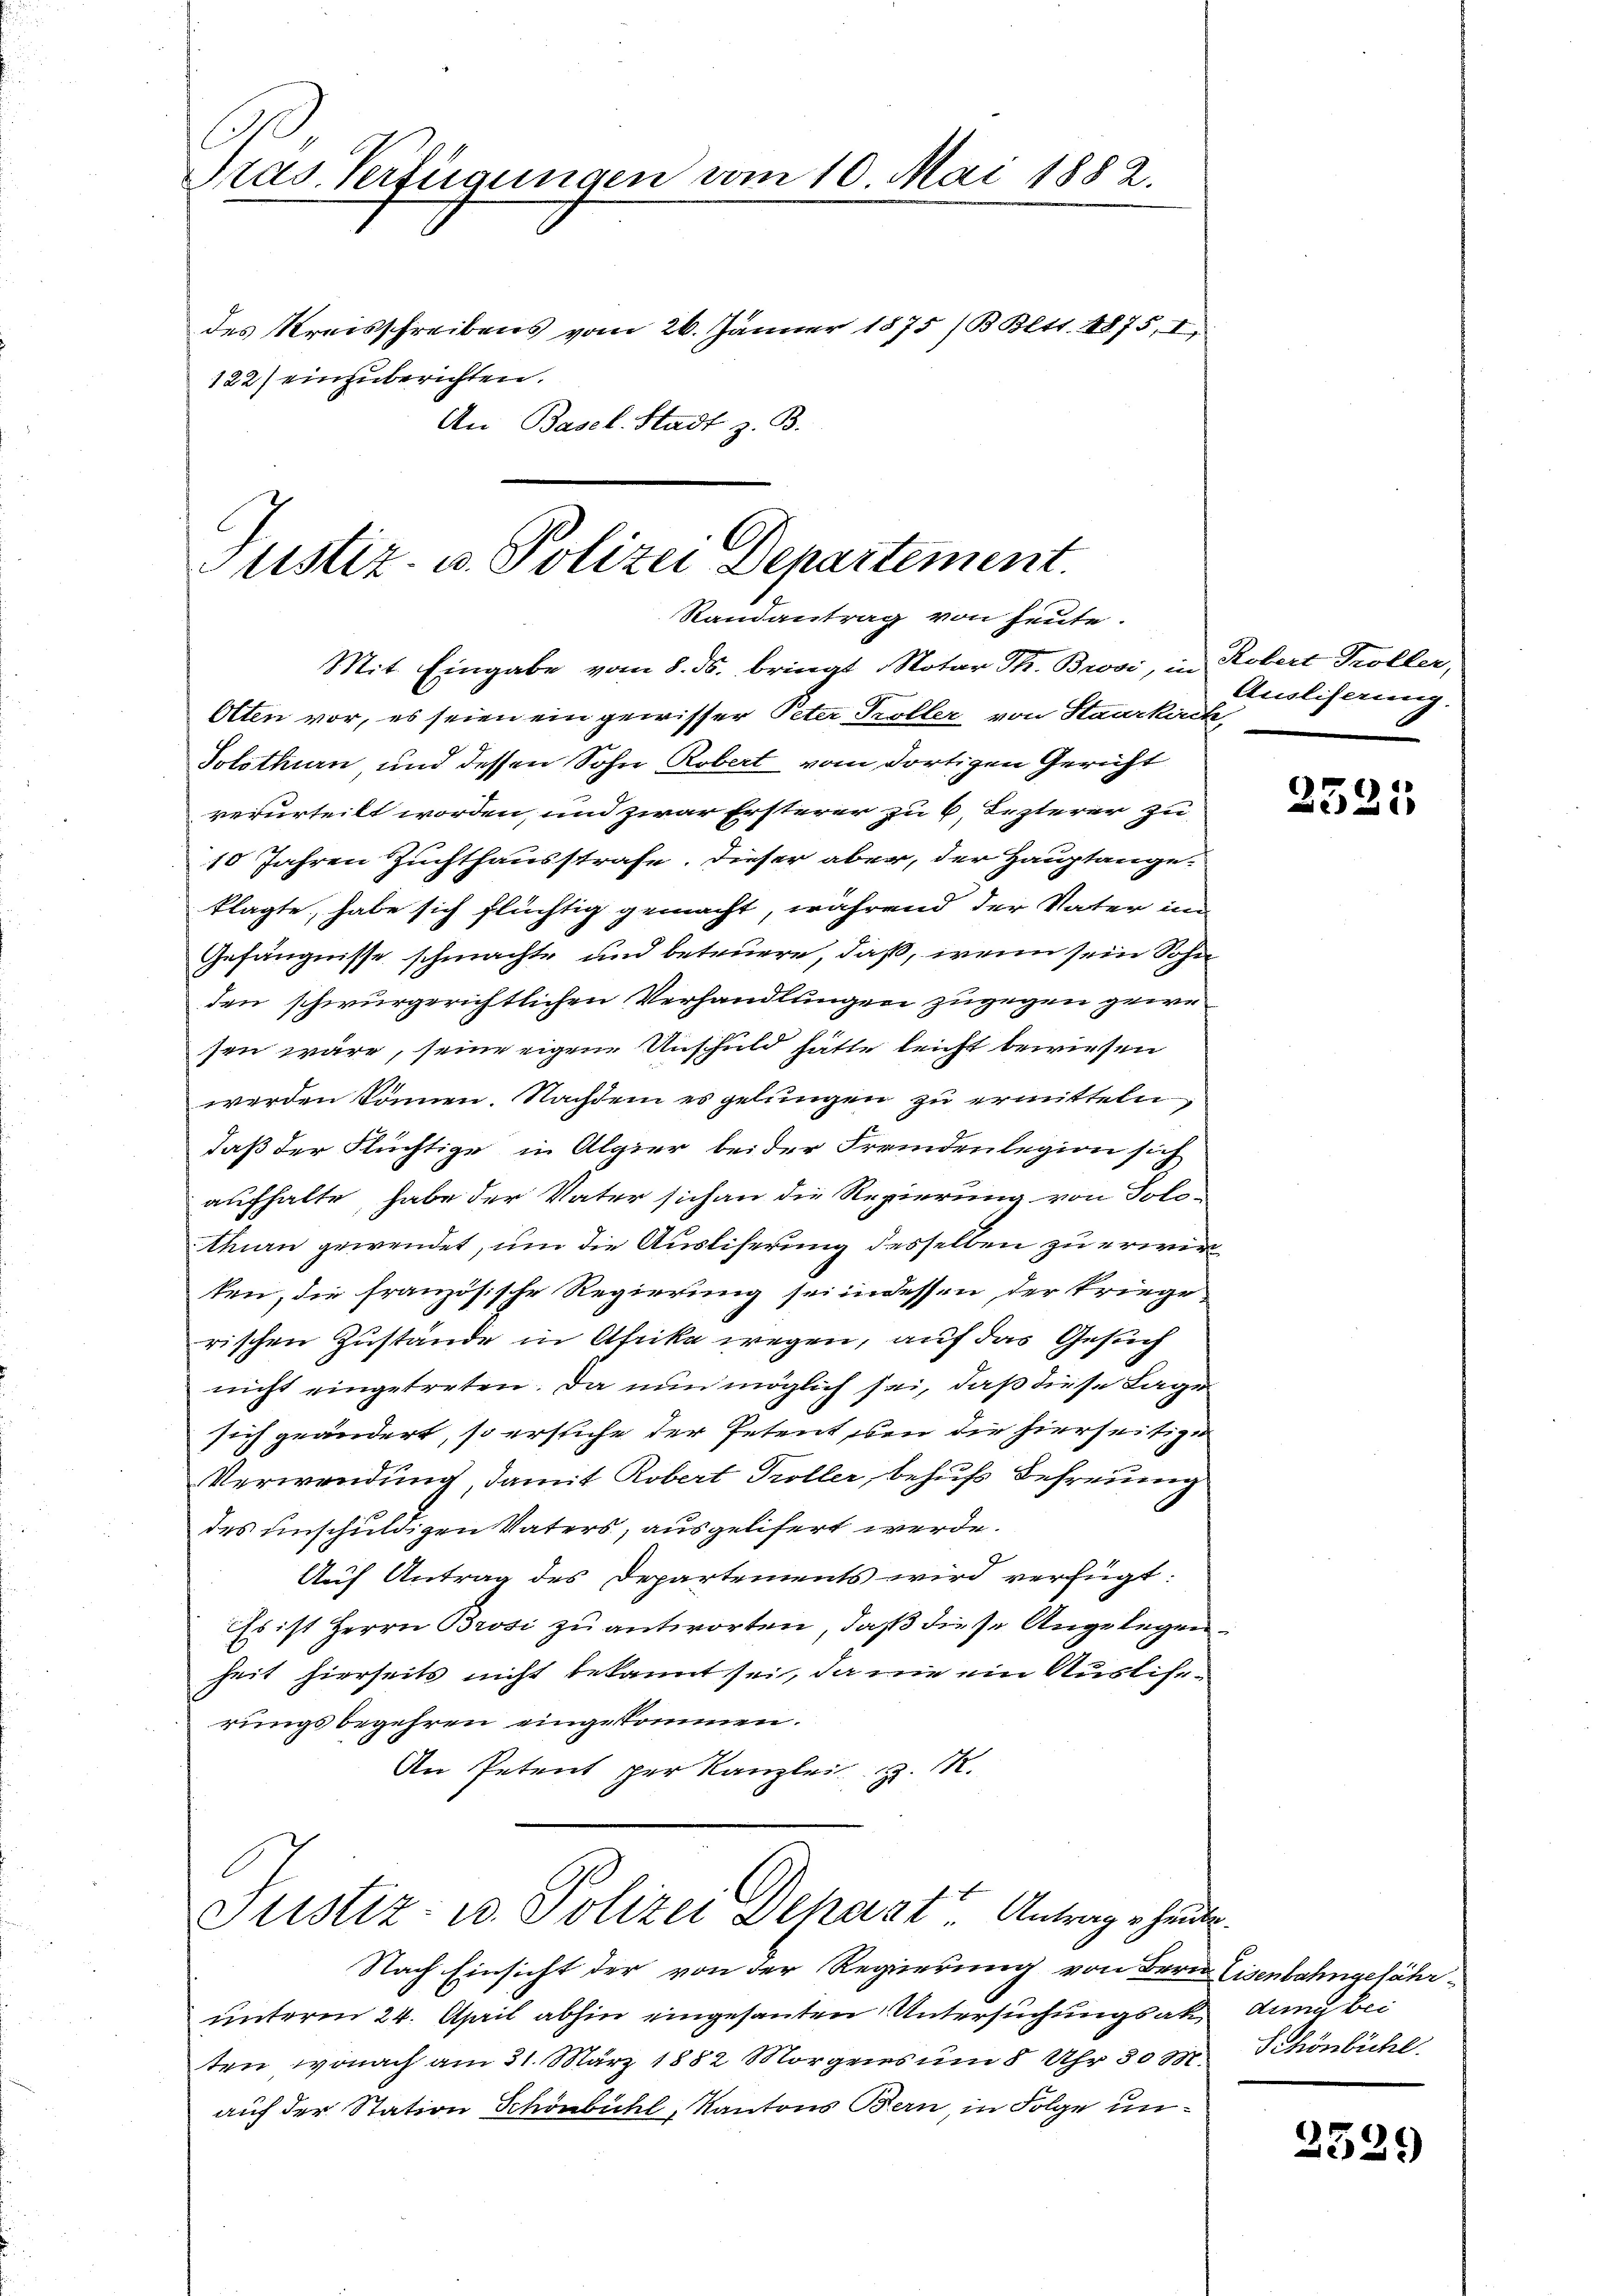
e
Pras. Verfügungen vom 10. Mai 1882.
des Kreisschreibens vom 26. Jänner 1875 /B. Bett. 1875, I,
122) einzuberichten.
An Basel. Stadt z. B.

Justiz- u. Polizei Departement.
Randantrag von heute.

Mit Eingabe vom 8. ds. bringt Notar Th. Brosi, in Robert Troller,
Olten vor, es seien ein gewisser Peter Koller von Staurkück,
Solothurn und dessen Sohn Robert vom dortigen Gericht
verurteilt worden, und zwar Ersterer zu 6, Lezterer zu
10 Jahren Zuchthausstrafe. Dieser aber, der Hauptangeklagte, habe sich flüchtig gemacht, während der Vater im
Gefängnisse schmachte und beteuere, daß, wenn sein Sohn
den schwurgerichtlichen Verhandlungen zugegen gewesen wäre, seine eigene Unschuld hätte leicht bewiesen
werden können. Nachdem es gelungen zu ermitteln,
daß der Flüchtige in Alpier bei der Fremdenlegion sich
aufhalte, habe der Vater sich an die Regierung von Solo-
than gewendet, um die Ausliserung desselben zu erwirken, die französische Regierung sei indessen, der kriege
rischen Zustände in Afrika wegen, auf das Gesuch
nicht eingetreten. Da nun möglich sei, daß diese Lage
sich geändert, so ersuche der Petent, den die hierseitige
Verwendung, damit Robert Troller, behufs Lehrung
des unschuldigen Vaters, ausgelifert werde.
9
Auf Antrag des Departements wird verfügt:
Es ist Herrn Brosi zu antworten, daß diese Angelegen
heit hierseits nicht bekannt sei, da nie ein Auslierungsbegehren eingekommen.
An Petent per Kanzlei M.

Justiz- u. Polizei Dehast. Antrage heute

Nach Einsicht der von der Regierung von Bern Eisenbahngefährunterm 24. April abhin eingesanten Untersuchungsakt dann bei
ten, wonach am 31. März 1882 Morgens um 8 Uhr 30 M.
auf der Station Schönbühl, Kantons Bern, in Folge un¬

Ausliserung.

2521

Schönbühl.

2539